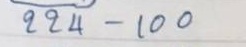
244 - 100